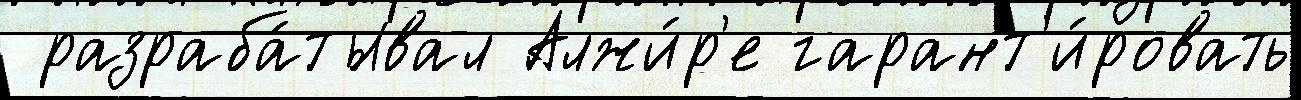
 разраба́тывал Алжи́р'е гарант'и́ровать